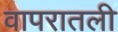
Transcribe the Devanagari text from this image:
वापरातली